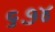
૬૭૪